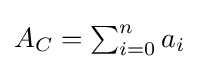
{\textstyle A_{C}=\sum _{i=0}^{n}a_{i}}